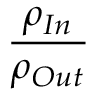
{ \frac { \rho _ { I n } } { \rho _ { O u t } } } \,